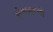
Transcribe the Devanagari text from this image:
संत्रागाची